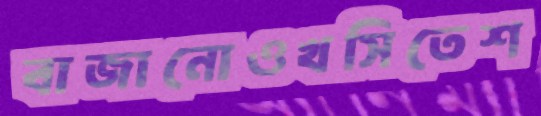
বাজানোওখসিতেশ